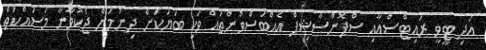
އަދި ޓީވީ ރައިޓްސްއާއި ސްޕޮންސާޝިޕް އެއްބަސްވުންތައް ވަކި ބަޔަކަށް ދިނުމަށް ޖެކުވާނާ މަސައްކަތް